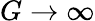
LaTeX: G\rightarrow\infty